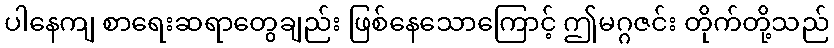
ပါနေကျ စာရေးဆရာတွေချည်း ဖြစ်နေသောကြောင့် ဤမဂ္ဂဇင်း တိုက်တို့သည်